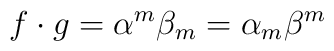
f\cdot g=\alpha ^{m}\beta _{m}=\alpha _{m}\beta ^{m}